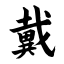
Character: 戴